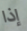
إذا